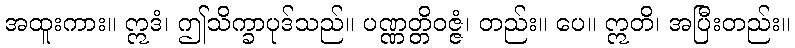
အထူးကား။ ဣဒံ၊ ဤသိက္ခာပုဒ်သည်။ ပဏ္ဏတ္တိဝဇ္ဇံ၊ တည်း။ ပေ။ ဣတိ၊ အပြီးတည်း။